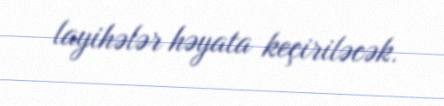
layihələr həyata keçiriləcək.